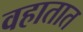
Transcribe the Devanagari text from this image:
वहातात